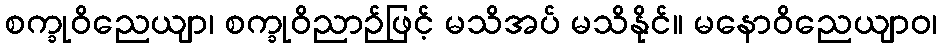
စက္ခုဝိညေယျာ၊ စက္ခုဝိညာဉ်ဖြင့် မသိအပ် မသိနိုင်။ မနောဝိညေယျာဝ၊